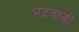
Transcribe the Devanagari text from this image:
भटवाड़ी